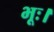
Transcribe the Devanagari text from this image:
भूः।